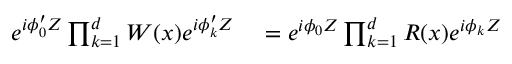
\begin{array} { r l } { e ^ { i \phi _ { 0 } ^ { \prime } Z } \prod _ { k = 1 } ^ { d } W ( x ) e ^ { i \phi _ { k } ^ { \prime } Z } } & { { } = e ^ { i \phi _ { 0 } Z } \prod _ { k = 1 } ^ { d } R ( x ) e ^ { i \phi _ { k } Z } } \end{array}